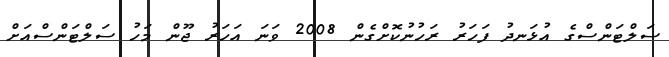
ސަލްޓަންސްގެ އުޅަނދު ފަހަރު ރަހުނުކޮށްގެން 2008 ވަނަ އަހަރު ޖޫން މަހު ސަލްޓަންސްއަށް